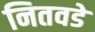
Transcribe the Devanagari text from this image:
नितवडे